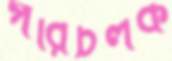
পরিচলক